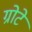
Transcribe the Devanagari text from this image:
ग्रोटे